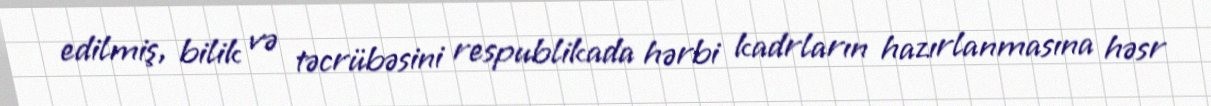
edilmiş, bilik və təcrübəsini respublikada hərbi kadrların hazırlanmasına həsr